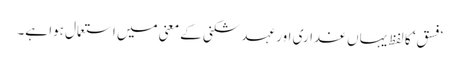
’فسق‘ کا لفظ یہاں غداری اور عہد شکنی کے معنی میں استعمال ہوا ہے۔